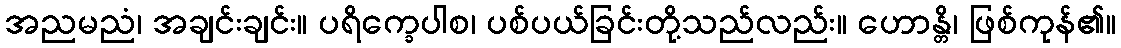
အညမညံ၊ အချင်းချင်း။ ပရိက္ခေပါစ၊ ပစ်ပယ်ခြင်းတို့သည်လည်း။ ဟောန္တိ၊ ဖြစ်ကုန်၏။